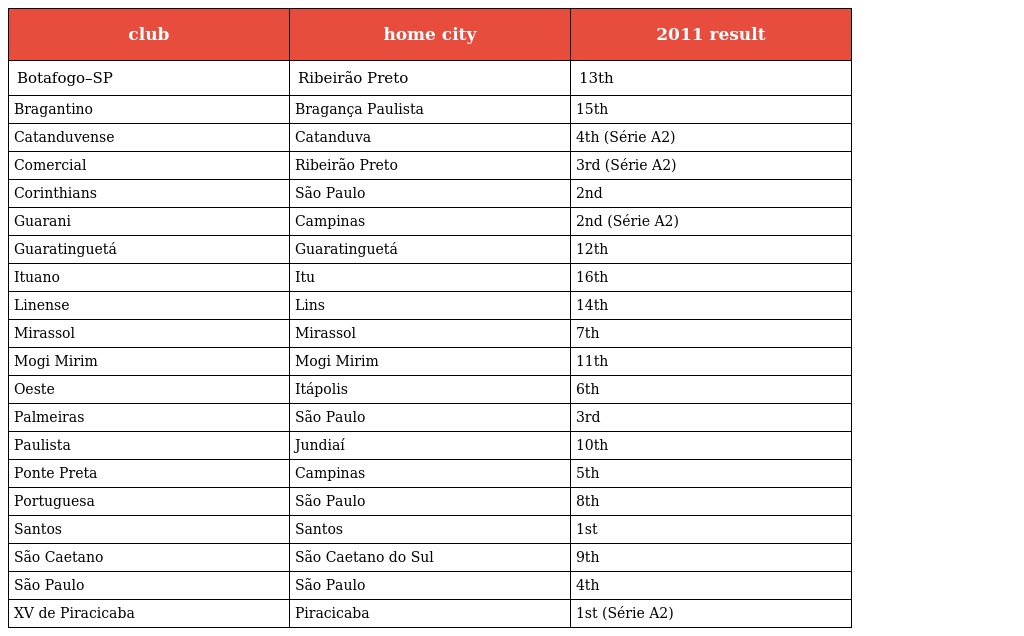
| club | home city | 2011 result |
 | --- | --- | --- |
 | Botafogo–SP | Ribeirão Preto | 13th |
 | Bragantino | Bragança Paulista | 15th |
 | Catanduvense | Catanduva | 4th (Série A2) |
 | Comercial | Ribeirão Preto | 3rd (Série A2) |
 | Corinthians | São Paulo | 2nd |
 | Guarani | Campinas | 2nd (Série A2) |
 | Guaratinguetá | Guaratinguetá | 12th |
 | Ituano | Itu | 16th |
 | Linense | Lins | 14th |
 | Mirassol | Mirassol | 7th |
 | Mogi Mirim | Mogi Mirim | 11th |
 | Oeste | Itápolis | 6th |
 | Palmeiras | São Paulo | 3rd |
 | Paulista | Jundiaí | 10th |
 | Ponte Preta | Campinas | 5th |
 | Portuguesa | São Paulo | 8th |
 | Santos | Santos | 1st |
 | São Caetano | São Caetano do Sul | 9th |
 | São Paulo | São Paulo | 4th |
 | XV de Piracicaba | Piracicaba | 1st (Série A2) |